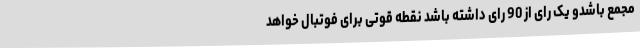
مجمع باشدو یک رای از 90 رای داشته باشد نقطه قوتی برای فوتبال خواهد